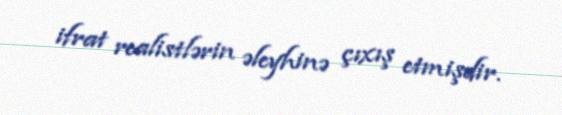
ifrat realistlərin əleyhinə çıxış etmişdir.